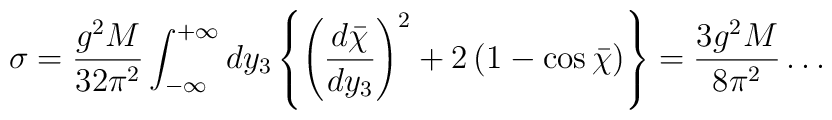
\sigma = {g^2M \over 32\pi^2} \int^{+\infty}_{-\infty} dy_3\left\{\left({d\bar\chi \over dy_3}\right)^2 + 2 \left(1 - \cos\bar\chi\right)\right\} = {3g^2M \over 8\pi^2} \ldots